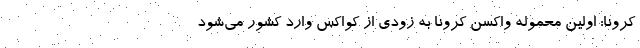
کرونا: اولین محموله واکسن کرونا به زودی از کواکس وارد کشور می‌شود